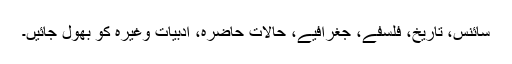
سائنس، تاریخ، فلسفے، جغرافیے، حالاتِ حاضرہ، ادبیات وغیرہ کو بھول جائیں۔